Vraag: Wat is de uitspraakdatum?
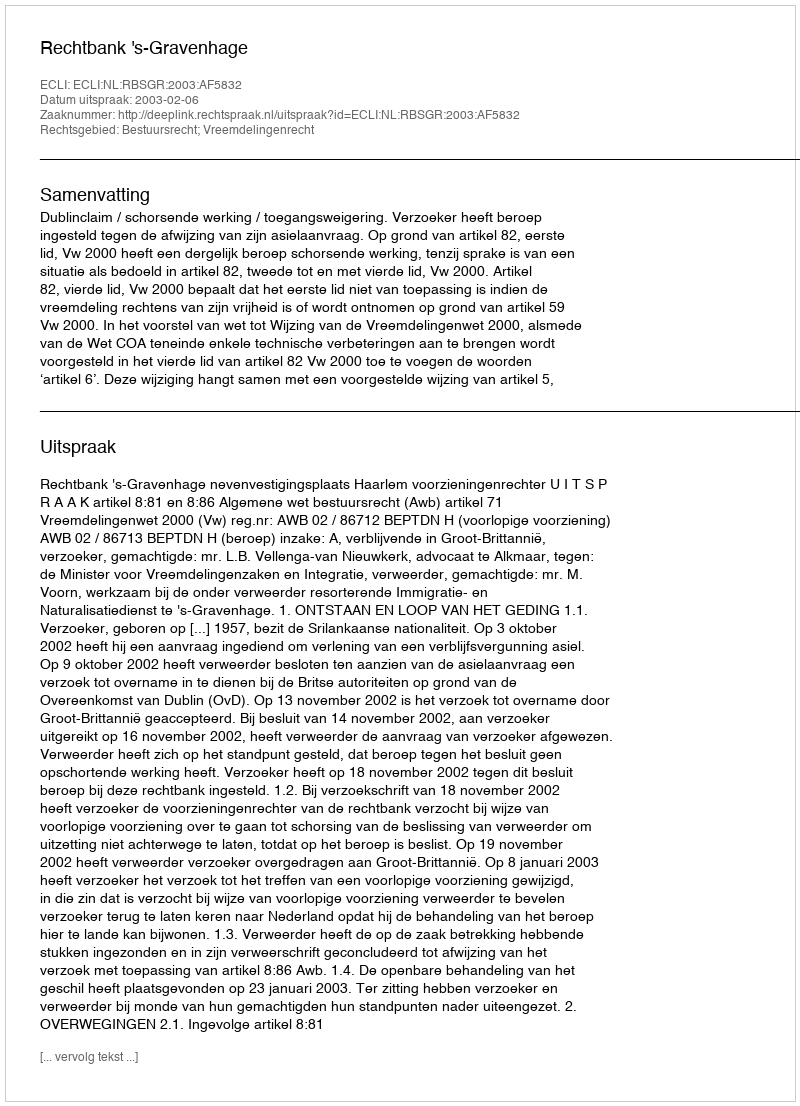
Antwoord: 2003-02-06